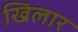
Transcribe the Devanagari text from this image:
खिलार